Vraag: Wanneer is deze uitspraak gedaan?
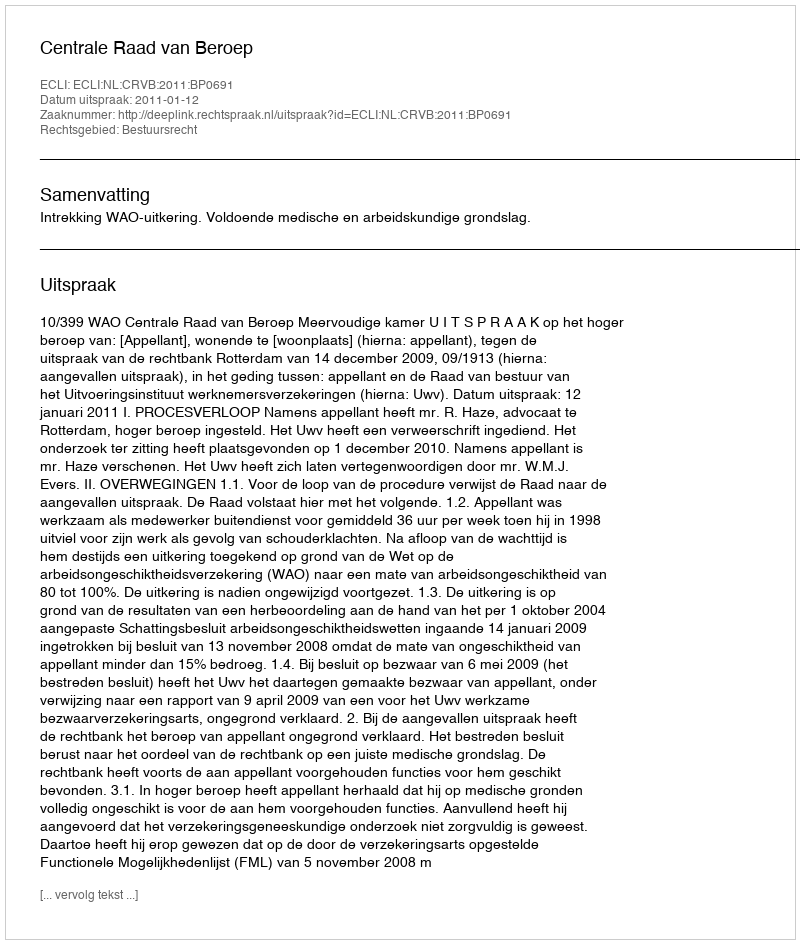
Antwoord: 2011-01-12